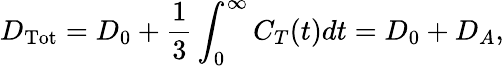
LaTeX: D_{\mathrm{Tot}}=D_{0}+\frac{1}{3}\int_{0}^{\infty}C_{T}(t)dt=D_{0}+D_{A},